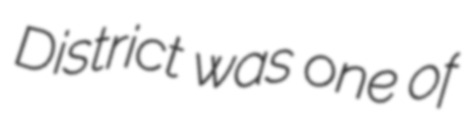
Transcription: District was one of